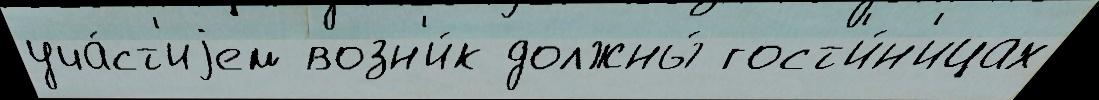
уча́ст'иjем возн'и́к должны́ гост'и́н'ицах